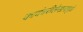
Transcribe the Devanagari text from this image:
कादंबरीलेखनामुळे